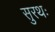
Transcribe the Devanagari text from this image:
सुरथः